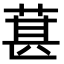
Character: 葚